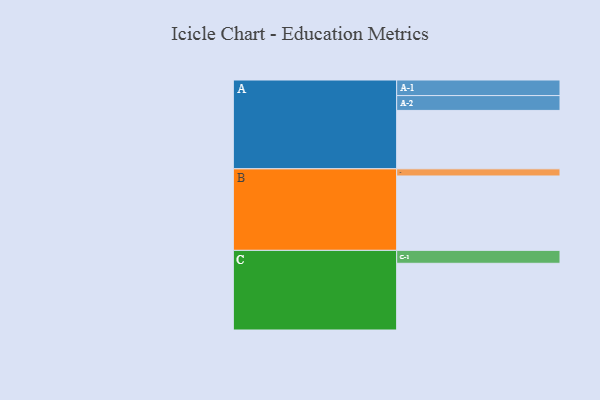
{"axis": {"x": "Segment", "y": "Value"}, "legend": ["", "A", "B", "C"], "data": [{"x": "A", "y": 457, "type": ""}, {"x": "B", "y": 582, "type": ""}, {"x": "C", "y": 522, "type": ""}, {"x": "A-1", "y": 122, "type": "A"}, {"x": "A-2", "y": 116, "type": "A"}, {"x": "B-1", "y": 56, "type": "B"}, {"x": "C-1", "y": 101, "type": "C"}]}